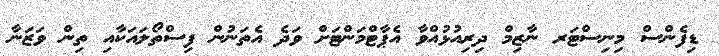
ޑިފެންސް މިނިސްޓަރ ނާޒިމް ދިރިއުޅުއްވާ އެޕާޓްމަންޓަށް ވަދެ އެތަނުން ފިސްތޯލައަކާއި ތިން ވަޒަނާ